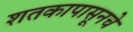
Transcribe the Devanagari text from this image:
शतकापासूनचे